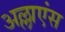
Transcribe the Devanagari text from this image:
अल्लाएंस